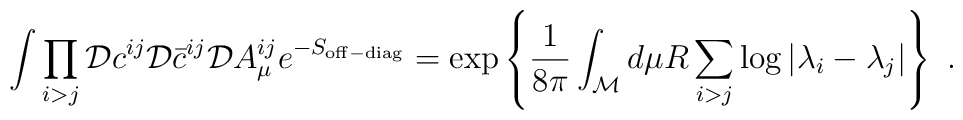
\int \prod_{i>j} {\cal D}c^{ij}{\cal D}\bar{c}^{ij}{\cal D}A_{\mu}^{ij}e^{-S_{\rm off-diag}}= \exp \left\{{1 \over 8 \pi} \int_{\cal M} d\mu R \sum_{i>j} \log |\lambda_i -\lambda_j| \right\}~.